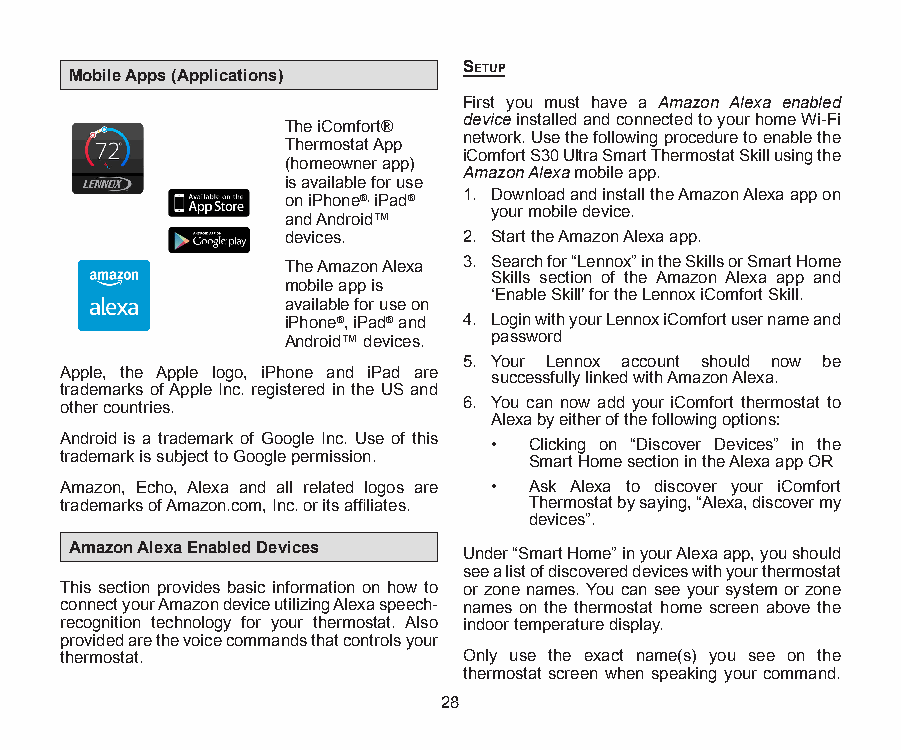
Mobile Apps (Applications)
 Setup
 First you must have a Amazon Alexa enabled
 device installed and connected to your home Wi-Fi
 The iComfort®
 network. Use the following procedure to enable the
 Thermostat App
 iComfort S30 Ultra Smart Thermostat Skill using the
 (homeowner app)
 Amazon Alexa mobile app.
 is available for use
 on iPhone®, iPad® 1. Download and install the Amazon Alexa app on
 your mobile device.
 and Android™
 devices.    2. Start the Amazon Alexa app.
 The Amazon Alexa 3. Search for “Lennox” in the Skills or Smart Home
 Skills section of the Amazon Alexa app and
 mobile app is
 ‘Enable Skill’ for the Lennox iComfort Skill.
 available for use on
 iPhone®, iPad® and 4. Login with your Lennox iComfort user name and
 Android™ devices. password
 5. Your Lennox account should now be
 Apple, the Apple logo, iPhone and iPad are successfully linked with Amazon Alexa.
 trademarks of Apple Inc. registered in the US and
 other countries.           6. You can now add your iComfort thermostat to
 Alexa by either of the following options:
 Android is a trademark of Google Inc. Use of this • Clicking on “Discover Devices” in the
 trademark is subject to Google permission. Smart Home section in the Alexa app OR
 Amazon, Echo, Alexa and all related logos are • Ask Alexa to discover your iComfort
 trademarks of Amazon.com, Inc. or its affiliates. Thermostat by saying, “Alexa, discover my
 devices”.
 Amazon Alexa Enabled Devices Under “Smart Home” in your Alexa app, you should
 see a list of discovered devices with your thermostat
 This section provides basic information on how to or zone names. You can see your system or zone
 connect your Amazon device utilizing Alexa speech- names on the thermostat home screen above the
 recognition technology for your thermostat. Also indoor temperature display.
 provided are the voice commands that controls your
 thermostat.                Only use the exact name(s) you see on the
 thermostat screen when speaking your command.
 28